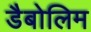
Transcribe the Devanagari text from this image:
डैबोलिम